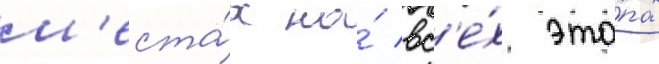
м'еста́х на́ вс'е́х эта́пах